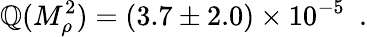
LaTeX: \mathbb{Q}(M_{\rho}^{2})=(3.7\pm2.0)\times10^{-5}\ \ .